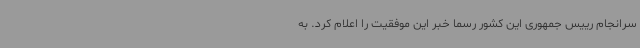
سرانجام رییس جمهوری این کشور رسما خبر این موفقیت را اعلام کرد. به